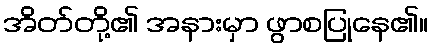
အိတ်တို့၏ အနားမှာ ဖွာစပြုနေ၏။